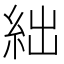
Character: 絀